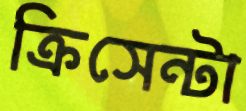
ক্রিসেন্টা